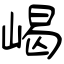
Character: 嵑